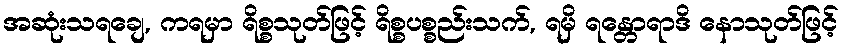
အဆုံးသရချေ, ကရမှာ ရိစ္စသုတ်ဖြင့် ရိစ္စပစ္စည်းသက်, ရမှိ ရန္တောရာဒိ နောသုတ်ဖြင့်